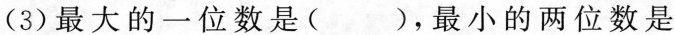
(3)最大的一位数是( )，最小的两位数是